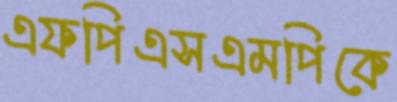
এফপিএসএমপিকে